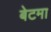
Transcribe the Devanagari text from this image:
बेटमा